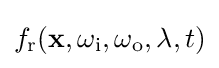
f_{\text{r}}(\mathbf {x} ,\omega _{\text{i}},\omega _{\text{o}},\lambda ,t)